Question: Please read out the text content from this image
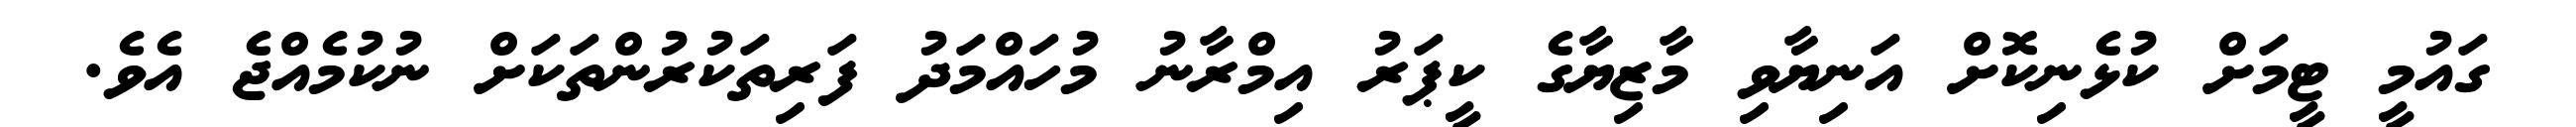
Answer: ގައުމީ ޓީމަށް ކުޅެނިކޮށް އަނިޔާވި މާޒިޔާގެ ކީޕަރު އިމްރާނު މުހައްމަދު ފަރިތަކުރުންތަކަށް ނުކުމެއްޖެ އެވެ.